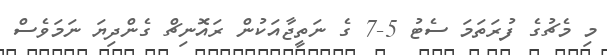
މި މެޗުގެ ފުރަތަމަ ސެޓު 5-7 ގެ ނަތީޖާއަކުން ރައޮނިޗް ގެންދިޔަ ނަމަވެސް